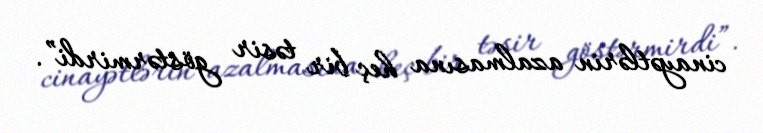
cinayətlərin azalmasına heç bir təsir göstərmirdi”.